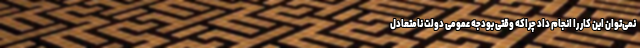
نمی‌توان این کار را انجام داد چراکه وقتی بودجه عمومی دولت نامتعادل